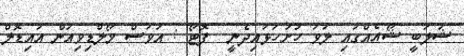
ޝަލަބީ ޝޯއެއްގައި ލަވަ ހުށަހަޅައިދެނީ  ފޮޓޯ : އަވަސް މޯލްޑިވިއަން އައިޑޮލް